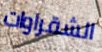
الشقراوات